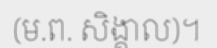
(ម.ព. សិង្គាល)។